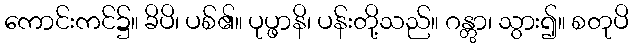
ကောင်းကင်၌။ ခိပိ၊ ပစ်၏။ ပုပ္ဖာနိ၊ ပန်းတို့သည်။ ဂန္တွာ၊ သွား၍။ စတုပိ